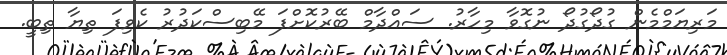
މަރިޔަމްމެން ގުދޯގުދޯ ނުގޮވާ މިހާރު. ސައްދާމް ބޭރުކޮށްފަ މޭބިސްކަދުރު ކެވިފަ ތިޔާ ތިބީ.